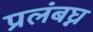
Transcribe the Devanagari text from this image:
प्रलंबघ्न